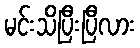
မင်းသိပြီးပြီလား